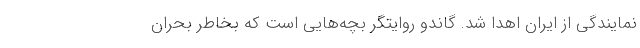
نمایندگی از ایران اهدا شد. گاندو روایتگر بچه‌هایی است که بخاطر بحران